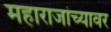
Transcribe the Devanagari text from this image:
महाराजांच्यावर